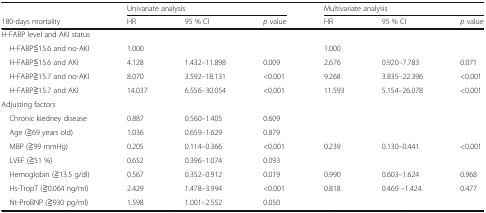
|  | <COLSPAN=3> Univariate analysis | <COLSPAN=3> Multivariate analysis |
 | 180-days mortality | HR | 95 % CI | p value | HR | 95 % CI | p value |
 | --- | --- | --- | --- | --- | --- | --- |
 | <COLSPAN=7> H-FABP level and AKI status |
 | H-FABP≦15.6 and no-AKI | 1.000 |  |  | 1.000 |  |  |
 | H-FABP≦15.6 and AKI | 4.128 | 1.432–11.898 | 0.009 | 2.676 | 0.920–7.783 | 0.071 |
 | H-FABP≧15.7 and no-AKI | 8.070 | 3.592–18.131 | <0.001 | 9.268 | 3.835–22.396 | <0.001 |
 | H-FABP≧15.7 and AKI | 14.037 | 6.556–30.054 | <0.001 | 11.593 | 5.154–26.078 | <0.001 |
 | <COLSPAN=7> Adjusting factors |
 | Chronic kiedney disease | 0.887 | 0.560–1.405 | 0.609 |  |  |  |
 | Age (≧69 years old) | 1.036 | 0.659–1.629 | 0.879 |  |  |  |
 | MBP (≧99 mmHg) | 0.205 | 0.114–0.366 | <0.001 | 0.239 | 0.130–0.441 | <0.001 |
 | LVEF (≧51 %) | 0.652 | 0.396–1.074 | 0.093 |  |  |  |
 | Hemoglobin (≧13.5 g/dl) | 0.567 | 0.352–0.912 | 0.019 | 0.990 | 0.603–1.624 | 0.968 |
 | Hs-TropT (≧0.064 ng/ml) | 2.429 | 1.478–3.994 | <0.001 | 0.818 | 0.469 –1.424 | 0.477 |
 | Nt-ProBNP (≧930 pg/ml) | 1.598 | 1.001–2.552 | 0.050 |  |  |  |